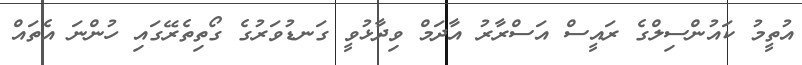
އުތީމު ކައުންސިލްގެ ރައީސް އަސްރާރު އާދަމް ވިދާޅުވީ ގަނޑުވަރުގެ ގޯތިތެރޭގައި ހުންނަ އެތައް